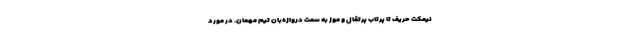
نیمکت حریف تا پرتاب پرتقال و موز به سمت دروازه‌بان تیم مهمان. در مورد